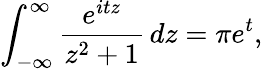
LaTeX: \int_{-\infty}^{\infty}{\frac{e^{itz}}{z^{2}+1}}\, dz=\pi e^{t},